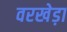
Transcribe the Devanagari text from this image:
वरखेड़ा